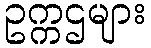
ဥက္ကဌများ